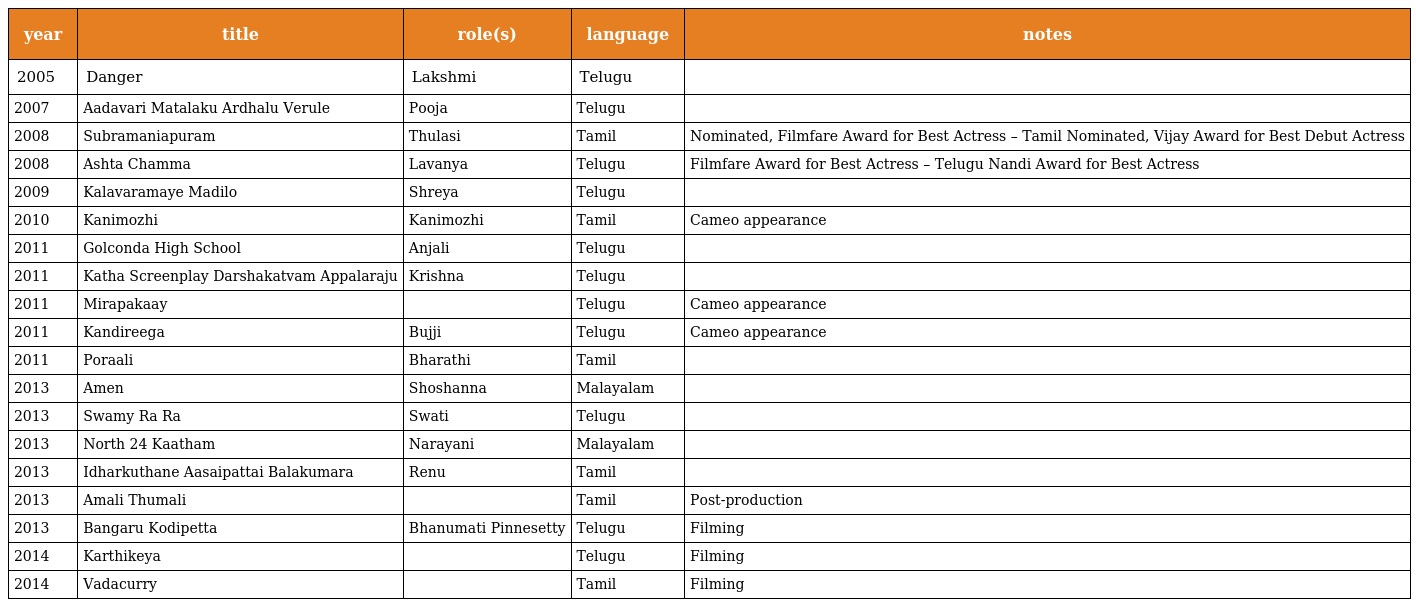
| year | title | role(s) | language | notes |
 | --- | --- | --- | --- | --- |
 | 2005 | Danger | Lakshmi | Telugu |  |
 | 2007 | Aadavari Matalaku Ardhalu Verule | Pooja | Telugu |  |
 | 2008 | Subramaniapuram | Thulasi | Tamil | Nominated, Filmfare Award for Best Actress – Tamil Nominated, Vijay Award for Best Debut Actress |
 | 2008 | Ashta Chamma | Lavanya | Telugu | Filmfare Award for Best Actress – Telugu Nandi Award for Best Actress |
 | 2009 | Kalavaramaye Madilo | Shreya | Telugu |  |
 | 2010 | Kanimozhi | Kanimozhi | Tamil | Cameo appearance |
 | 2011 | Golconda High School | Anjali | Telugu |  |
 | 2011 | Katha Screenplay Darshakatvam Appalaraju | Krishna | Telugu |  |
 | 2011 | Mirapakaay |  | Telugu | Cameo appearance |
 | 2011 | Kandireega | Bujji | Telugu | Cameo appearance |
 | 2011 | Poraali | Bharathi | Tamil |  |
 | 2013 | Amen | Shoshanna | Malayalam |  |
 | 2013 | Swamy Ra Ra | Swati | Telugu |  |
 | 2013 | North 24 Kaatham | Narayani | Malayalam |  |
 | 2013 | Idharkuthane Aasaipattai Balakumara | Renu | Tamil |  |
 | 2013 | Amali Thumali |  | Tamil | Post-production |
 | 2013 | Bangaru Kodipetta | Bhanumati Pinnesetty | Telugu | Filming |
 | 2014 | Karthikeya |  | Telugu | Filming |
 | 2014 | Vadacurry |  | Tamil | Filming |